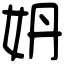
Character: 𡛓